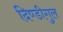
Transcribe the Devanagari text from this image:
दिण्डीगुल